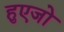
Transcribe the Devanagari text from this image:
हुएजो